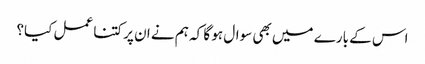
اس کے بارے میں بھی سوال ہو گا کہ ہم نے ان پر کتنا عمل کیا؟